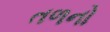
તળનો